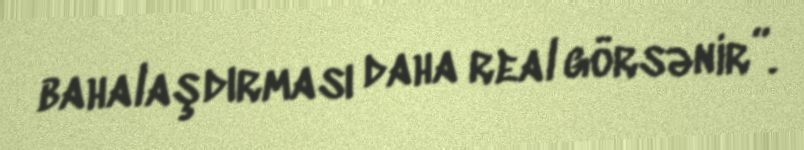
bahalaşdırması daha real görsənir”.